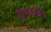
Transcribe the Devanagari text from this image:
योग्यताहीन